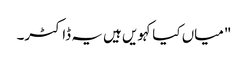
"میاں کیا کہویں ہیں یہ ڈاکٹر۔